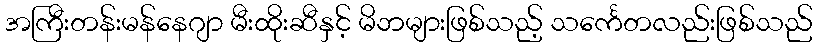
အကြီးတန်းမန်နေဂျာ မီးထိုးဆီနှင့် မိဘများဖြစ်သည့် သင်္ကေတလည်းဖြစ်သည်